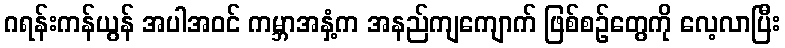
ဂရန်းကန်ယွန် အပါအဝင် ကမ္ဘာအနှံ့က အနည်ကျကျောက် ဖြစ်စဉ်တွေကို လေ့လာပြီး